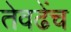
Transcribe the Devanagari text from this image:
तेवढेंच